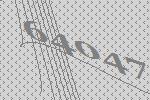
64047